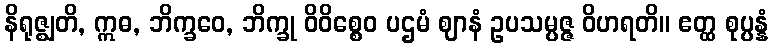
နိရုဇ္ဈတိ, ဣဓ, ဘိက္ခဝေ, ဘိက္ခု ဝိဝိစ္စေဝ ပဌမံ ဈာနံ ဥပသမ္ပဇ္ဇ ဝိဟရတိ။ ဧတ္ထ စုပ္ပန္နံ